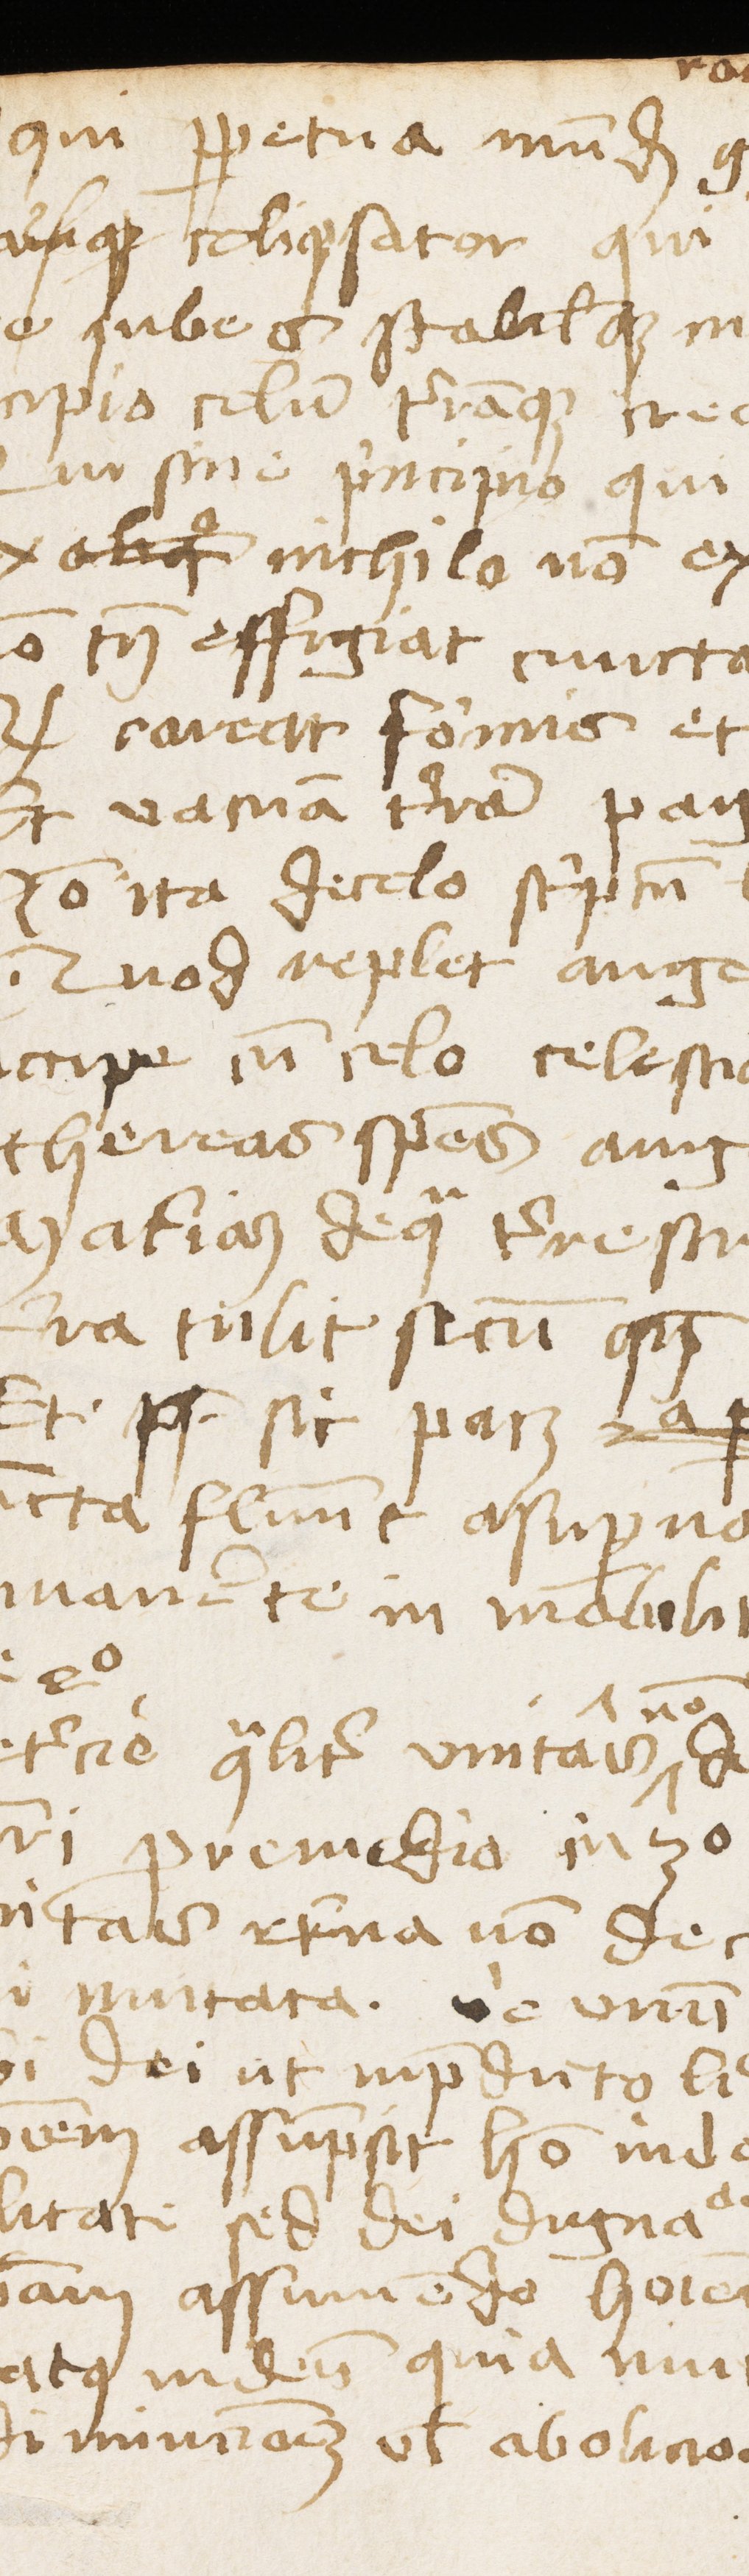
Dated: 1453–1454